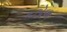
કઠોળ